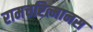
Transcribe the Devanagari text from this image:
रामचरित्मानस